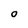
Character: O